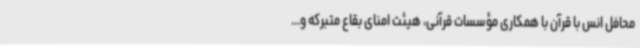
محافل انس با قرآن با همکاری مؤسسات قرآنی، هیئت امنای بقاع متبرکه و...